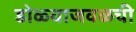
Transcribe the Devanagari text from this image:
डोळ्याजवळची